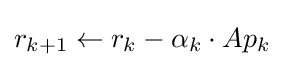
r_{k+1}\leftarrow r_{k}-\alpha _{k}\cdot Ap_{k}